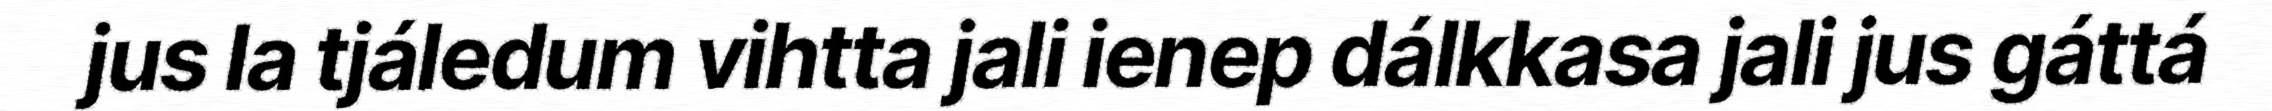
jus la tjáledum vihtta jali ienep dálkkasa jali jus gáttá